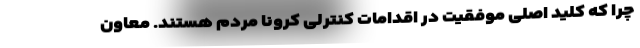
چرا که کلید اصلی موفقیت در اقدامات کنترلی کرونا مردم هستند. معاون